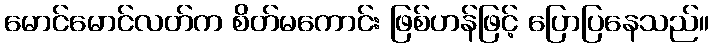
မောင်မောင်လတ်က စိတ်မကောင်း ဖြစ်ဟန်ဖြင့် ပြောပြနေသည်။